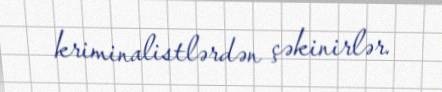
kriminalistlərdən çəkinirlər.